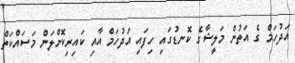
އަދުހަމް ގެ އަތުން މަލީޝާގެ ކޮނޑުގައި ހިފައި އަދުހަމް އާއި ކައިރިކޮށްލަން މަސައްކަތް